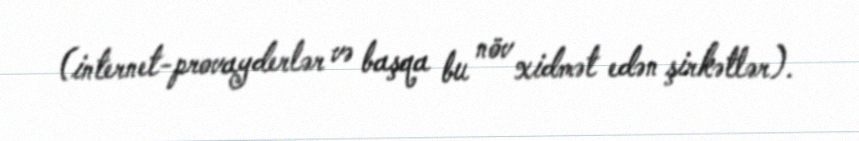
(internet-provayderlər və başqa bu növ xidmət edən şirkətlər).